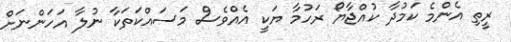
ރީތި އެންމެ ކަމުދާ ކުއްޖާޔޯ ރަހުމާ ޔަކީ އެއްވެސް މަސައްކަތަކާ ނުލާ އަހަންނަށް